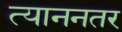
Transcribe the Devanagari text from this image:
त्याननतर